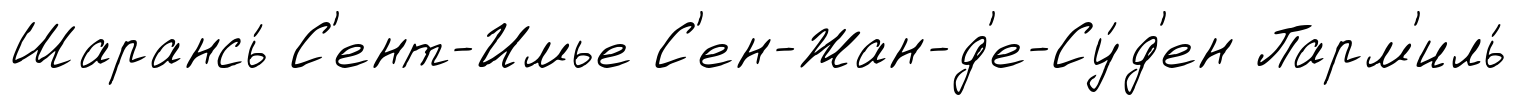
Шарансь́ С'ент-Имье С'ен-Жан-д'е-Су́д'ен Парм'иль́